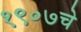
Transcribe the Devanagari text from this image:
१९०७चे